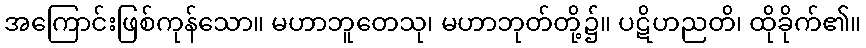
အကြောင်းဖြစ်ကုန်သော။ မဟာဘူတေသု၊ မဟာဘုတ်တို့၌။ ပဋိဟညတိ၊ ထိုခိုက်၏။